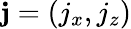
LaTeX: \mathbf{j}=(j_{x},j_{z})